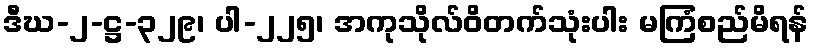
ဒီဃ-၂-ဋ္ဌ-၃၂၉၊ ပါ-၂၂၅၊ အကုသိုလ်ဝိတက်သုံးပါး မကြံစည်မိရန်